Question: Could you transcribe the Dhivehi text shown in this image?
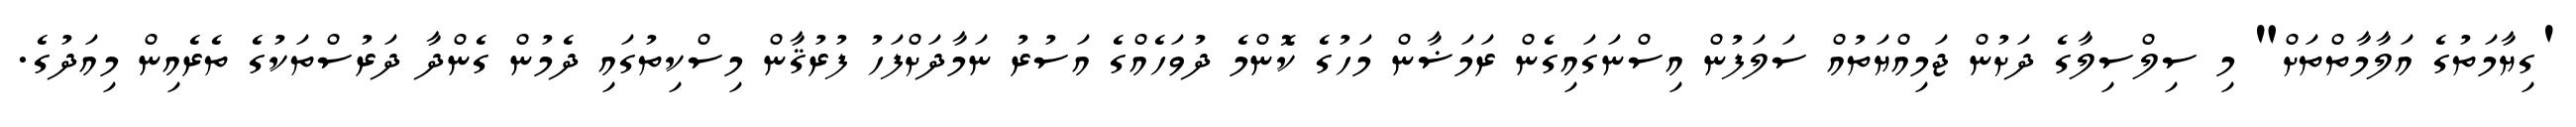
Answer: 'ގިޔާމަތުގެ އަލާމާތްތަށް" މި ސިލްސިލާގެ ދަށުން ޖަމިއްޔަތުއް ސަލަފުން އިސްނަގައިގެން ރަމަޟާން މަހުގެ ކޮންމެ ދުވަހެއްގެ އަސުރު ނަމާދަށްފަހު ފުރުޤާން މިސްކިތުގައި ދެމުން ގެންދާ ދަރުސްތަކުގެ ތެރެއިން މިއަދުގެ.